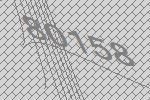
80158